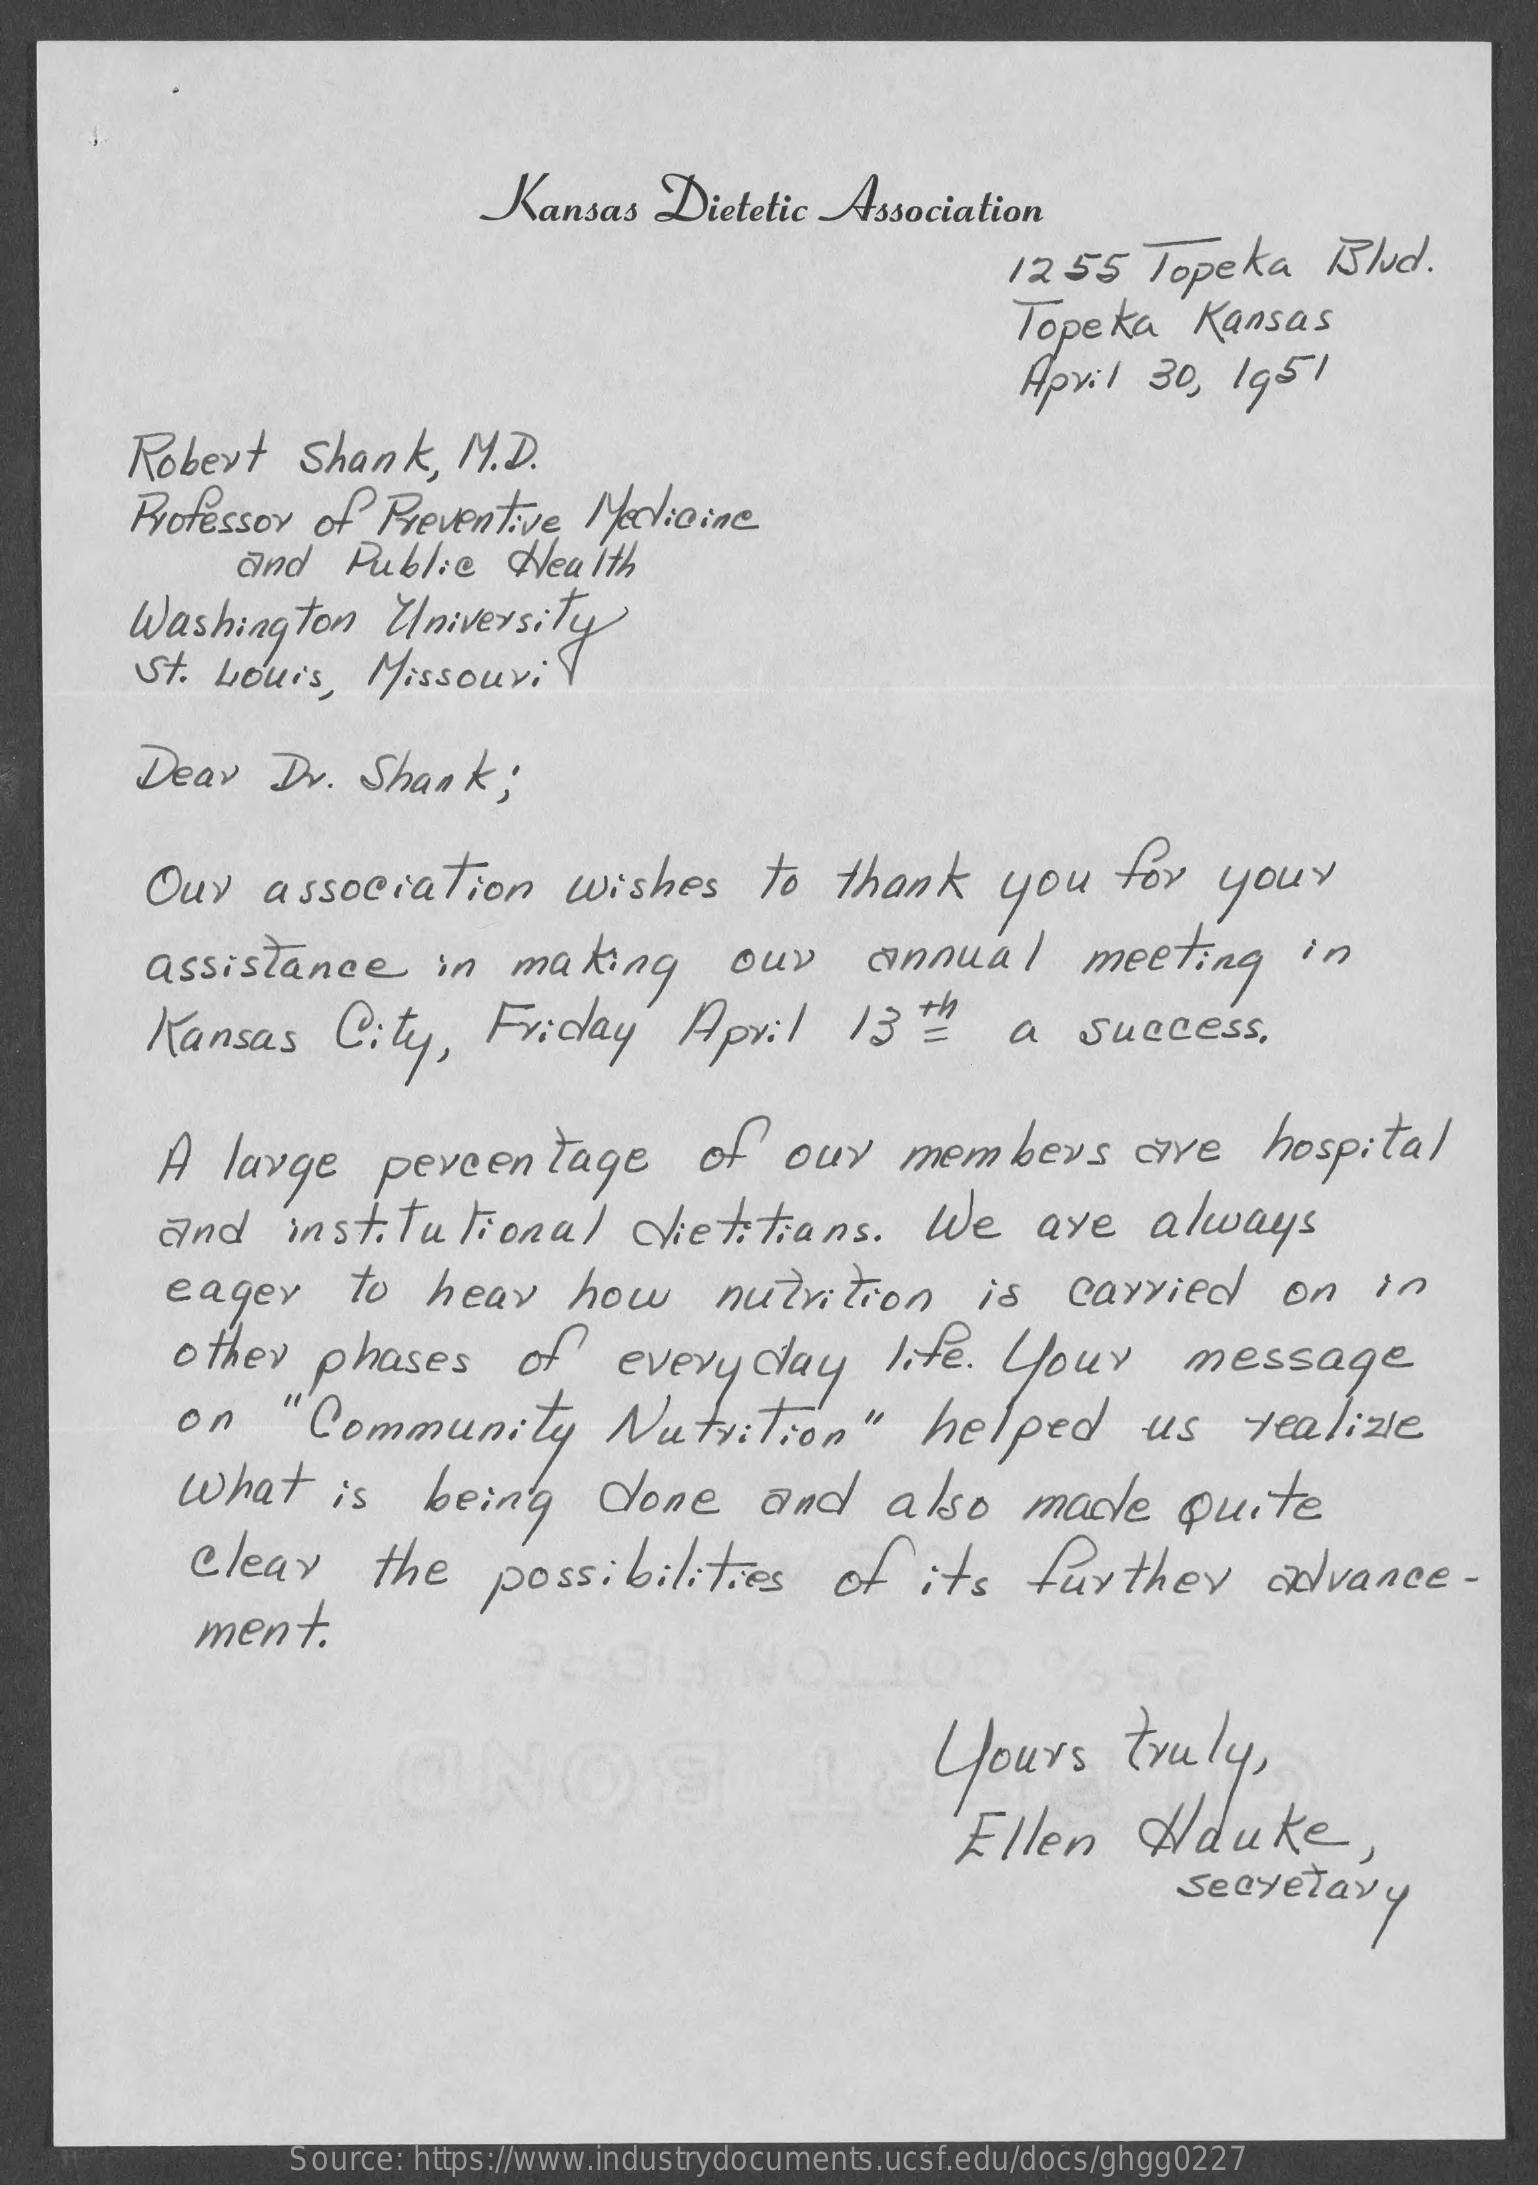
Kansas    Dietetic   Association
     1255   Topeka    Blud.
     Topeka    Kansas
     Apvil  30,  1951
     Robert    Shank,    M.D.
     Professor  of  Preventive   Medicine
     and   Public    Health
     Washington    University
     St. Louis,   Missouril
     Deav   Dr.   Shank    ;
     Our    association    wishes    to   thank    you    for    your
     assistance    in   making    our    annual    meeting    in
     Kansas    City,    Friday    April    13   -    a   success,
     A  large    percentage    of   our    members    are    hospital
     and    institutional    dietitians.    We    are    always
     eager    to   hear    how    nutrition    is   carried    on   in
     other   phases    of    everyday    life.  Your    message
     on    "Community    Nutrition"    helped    us    realize
     What    is    being    done    and    also    made    Quite
     Clear    the    possibilities    of    its   further    advance-
     ment    .
     ONOS    !!    Yours    truly,
     Ellen    Wduke,
     Secretary
     Source: https://www.industrydocuments.ucsf.edu/docs/ghgg0227